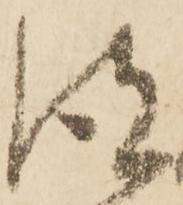
彼